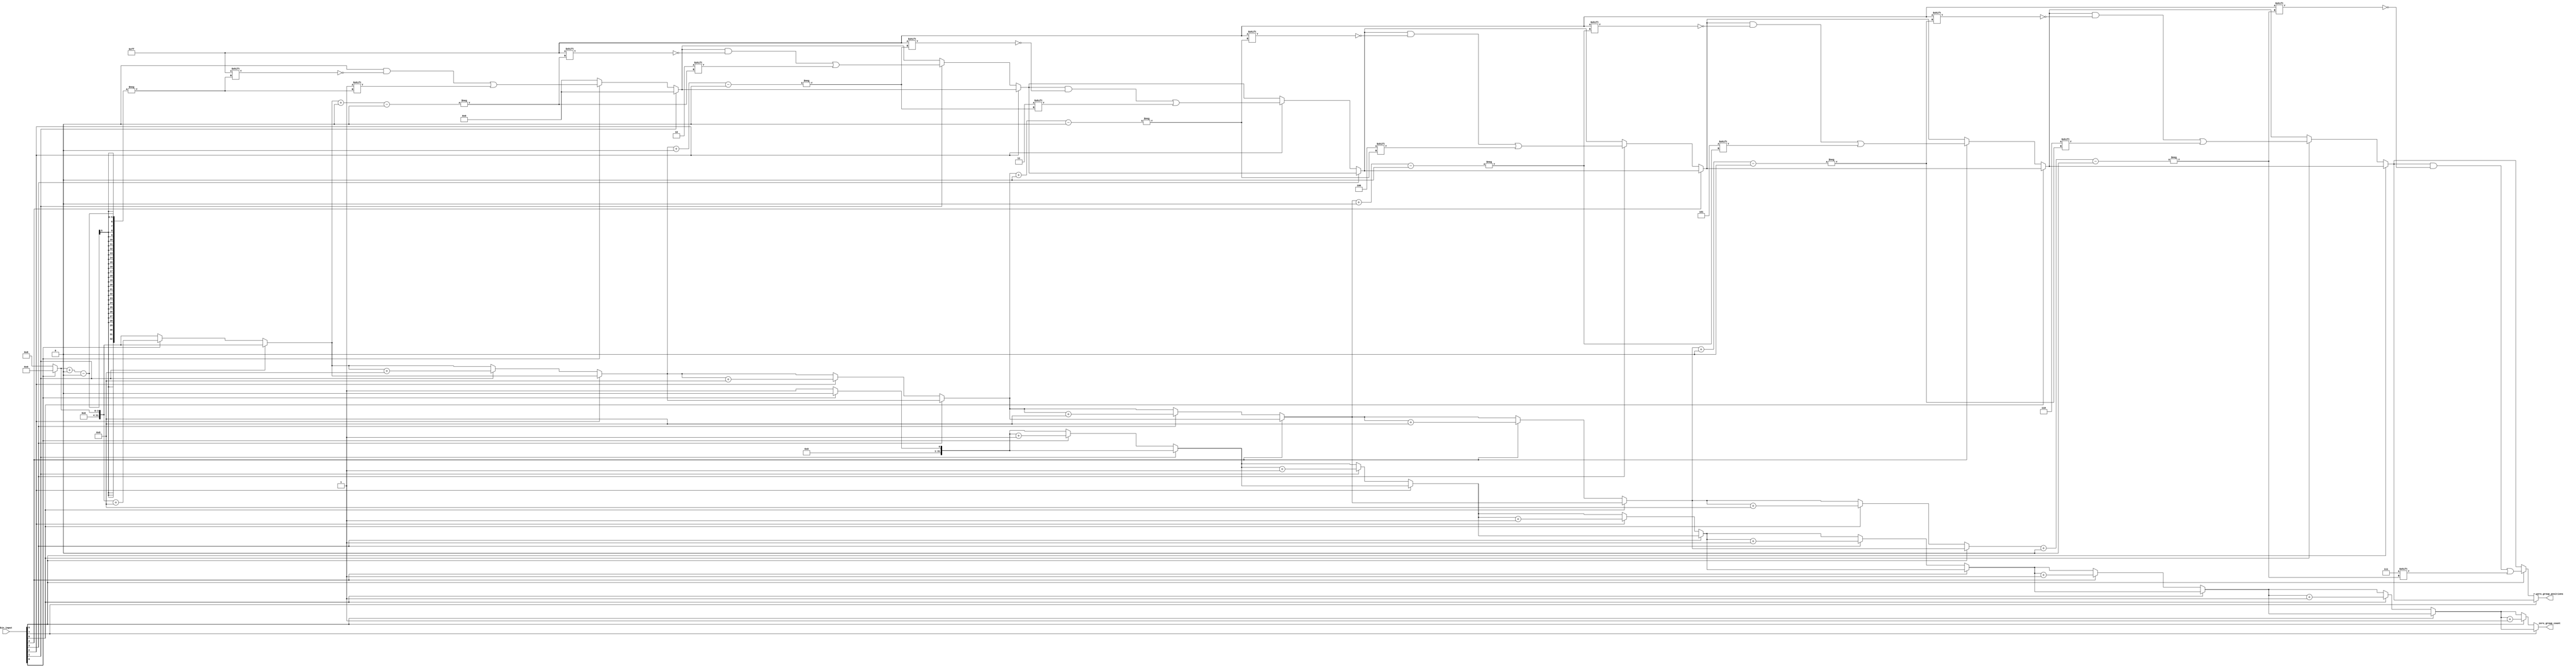
module zero_grouping #(parameter N = 8, // Adjust N for the size of the input vector
                       parameter MAX_GROUPS = N) // To store maximum potential groups
                      (
                      input  wire [N-1:0] bin_input,               // N-bit binary input vector
                      output reg  [31:0] zero_group_count,        // Zero group count output
                      output reg  [N*MAX_GROUPS-1:0] zero_group_positions // Positions of zero groups
                     );

    integer i;  // Index variable
    integer pos; // Position index for storing zero group positions
    reg in_zero_group; // Flag to indicate if we are currently in a zero group

    always @* begin
        // Initialize outputs
        zero_group_count = 0;
        zero_group_positions = 0;
        pos = 0;
        in_zero_group = 0;

        // Traverse the input binary vector
        for (i = 0; i < N; i = i + 1) begin
            if (bin_input[i] == 0) begin
                // Check if we are starting a new group of zeros
                if (!in_zero_group) begin
                    // Mark the beginning of a new group
                    in_zero_group = 1;
                    zero_group_count = zero_group_count + 1;
                    zero_group_positions[pos+:N] = i; // Store the starting position
                    pos = pos + N; // Move to the next position for storage
                end
            end else begin
                // End of a group of zeros
                in_zero_group = 0;
            end
        end

        // Handle edge case: if the last bit is '0'
        if (bin_input[N-1] == 0 && in_zero_group) begin
            in_zero_group = 0; // Group is effectively closed.
        end
    end

endmodule